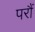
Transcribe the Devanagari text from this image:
परौं